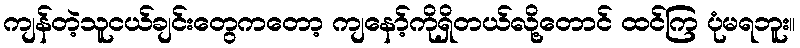
ကျန်တဲ့သူငယ်ချင်းတွေကတော့ ကျနော့်ကိုရှိတယ်လို့တောင် ထင်ကြ ပုံမရဘူး။